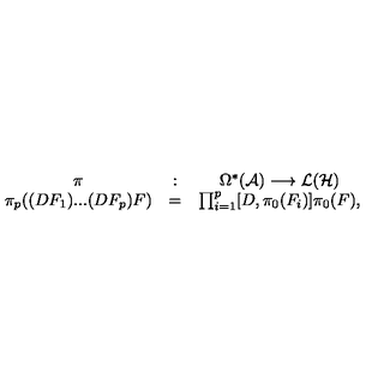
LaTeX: \begin{array} { c c c } { \pi } & { : } & { \Omega ^ { * } ( { \cal A } ) \longrightarrow { \cal L } ( { \cal H } ) } \\ { \pi _ { p } ( ( D F _ { 1 } ) . . . ( D F _ { p } ) F ) } & { = } & { \prod _ { i = 1 } ^ { p } [ D , \pi _ { 0 } ( F _ { i } ) ] \pi _ { 0 } ( F ) , } \\ \end{array}